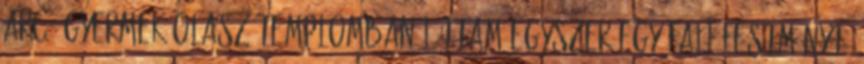
arcú gyermek Olasz templomban láttam egyszer egy fali festményt,